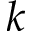
k